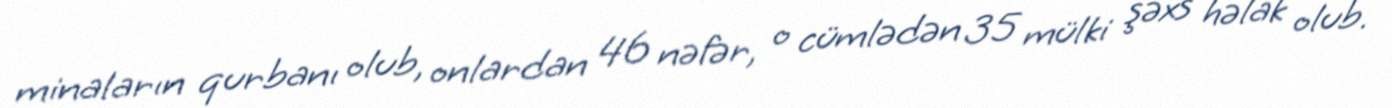
minaların qurbanı olub, onlardan 46 nəfər, o cümlədən 35 mülki şəxs həlak olub.